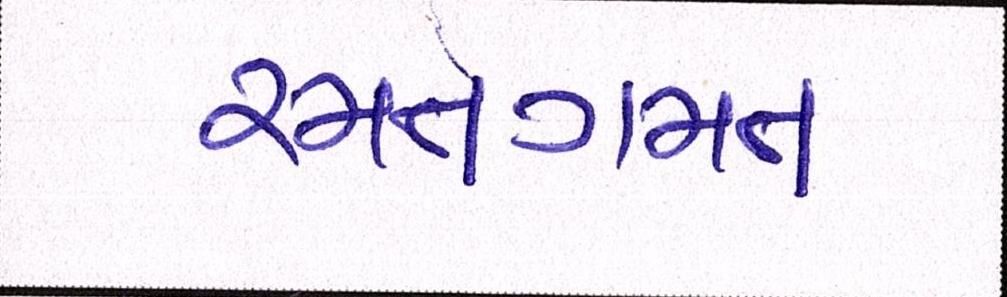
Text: રમતગમત